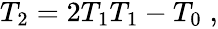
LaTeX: \begin{array}{r}{T_{2}=2T_{1}T_{1}-T_{0}\; ,}\end{array}